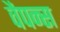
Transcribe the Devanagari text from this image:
वैपन्स